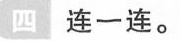
四 连一连。